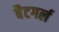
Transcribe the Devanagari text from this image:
बैटगर्ल